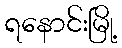
ရနောင်းမြို့